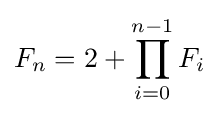
F_{n}=2+\prod _{i=0}^{n-1}F_{i}